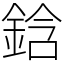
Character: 鋡